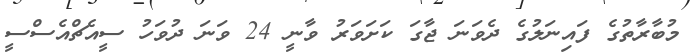
މުބާރާތުގެ ފައިނަލުގެ ދެވަނަ ޖާގަ ކަށަވަރު ވާނީ 24 ވަނަ ދުވަހު ސީއެޗްއެސްސީ